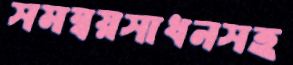
সমম্বয়সাধনসহ